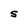
Character: S